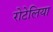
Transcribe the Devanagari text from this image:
रोटेलिया